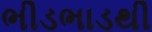
ભીડભાડથી